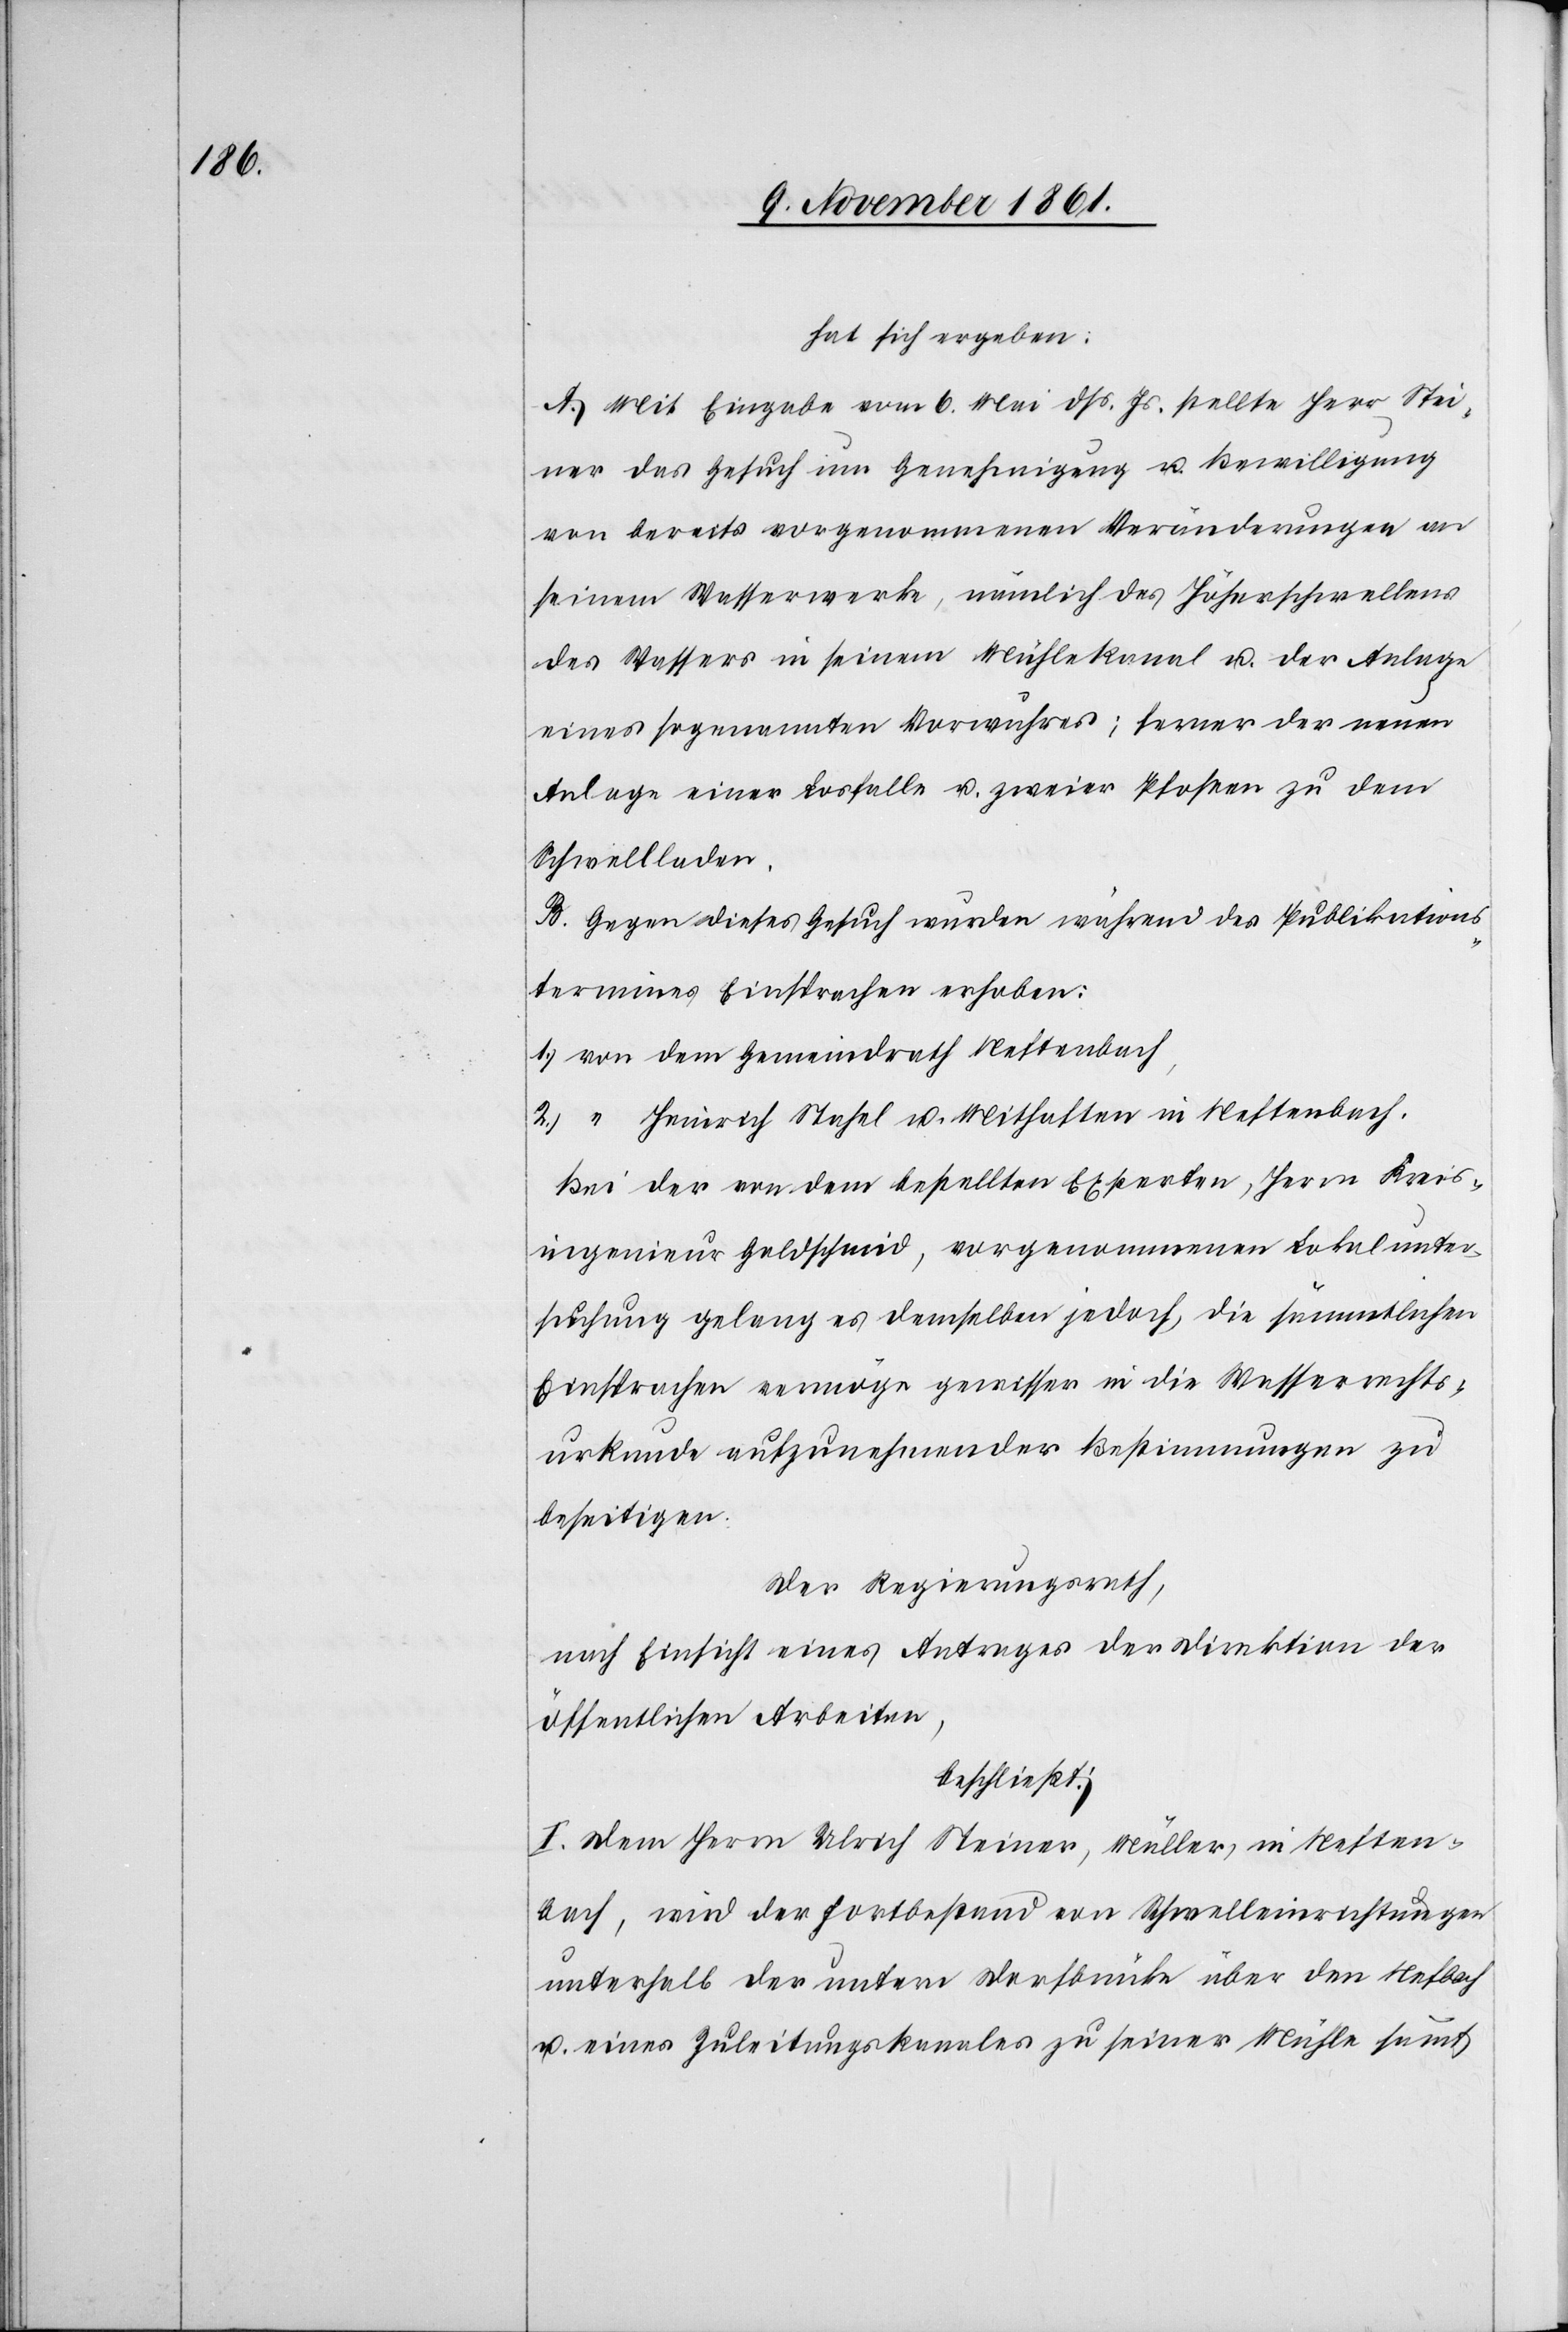
hat sich ergeben:
A. Mit Eingabe vom 6 Mai dß. Js. stellte Herr Stei¬
ner das Gesuch um Genehmigung u. Bewilligung
von bereits vorgenommenen Veränderungen an
seinem Wasserwerke, nämlich des Höherschwellens
des Wassers in seinem Mühlekanal u. der Anlage
eines sogenannten Vorwuhres; ferner der neuen
Anlage einer Losfalle u. zweier Pfosten zu dem
Schwelladen.
B. Gegen dieses Gesuch wurden während des Publikations¬
termines Einsprachen erhoben:
1.) von dem Gemeindrath Neftenbach,
2.) “ Heinrich Stahel u. Mithaften in Neftenbach.
Bei der von dem bestellten Experten, Herrn Kreis¬
ingenieur Goldschmid, vorgenommenen Lokalunter¬
suchung gelang es demselben jedoch, die sämmtlichen
Einsprachen vermöge gewissen in die Wasserrechts¬
urkunde aufzunehmenden Bestimmungen zu
beseitigen.
Der Regierungsrath,
nach Einsicht eines Antrages der Direktion der
öffentlichen Arbeiten,
beschließt:
I. Dem Herrn Ulrich Steiner, Müller, im Neften¬
bach, wird der Fortbestand von Schwelleinrichtungen
unterhalb der untern Dorfbrücke über den Nefbach
u. eines Zuleitungskanales zu seiner Mühle sammt